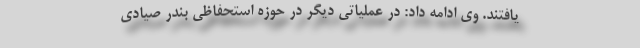
یافتند. وی ادامه داد: در عملیاتی دیگر در حوزه استحفاظی بندر صیادی